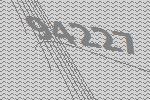
94227